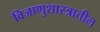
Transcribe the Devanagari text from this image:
विजाणुशास्त्रातील